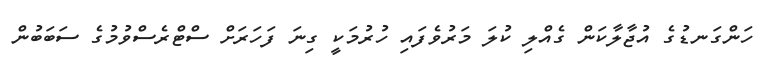
ހަންގަނޑުގެ އުޖާލާކަން ގެއްލި ކުލަ މަރުވެފައި ހުރުމަކީ ގިނަ ފަހަރަށް ސްޓްރެސްވުމުގެ ސަބަބުން